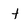
Character: t